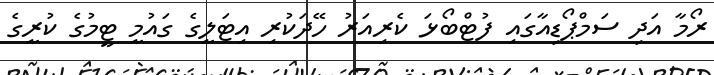
ރޯމާ އަދި ސަމްޕޯޑިއާގައި ފުޓްބޯޅަ ކެރިއަރު ހޭދަކުރި އިޓަލީގެ ގައުމީ ޓީމުގެ ކުރީގެ